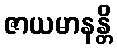
ဇာယမာနန္တိ